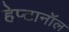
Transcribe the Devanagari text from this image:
हेप्टानॉल